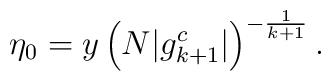
\eta_0 = y\left(N|g^c_{k+1}|\right)^{-\frac{1}{k+1}}.